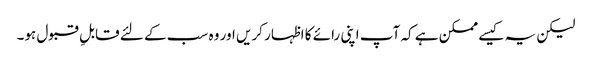
لیکن یہ کیسے ممکن ہے کہ آپ اپنی رائے کا اظہار کریں اور وہ سب کے لئے قابلِ قبول ہو۔